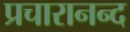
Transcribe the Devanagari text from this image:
प्रचारानन्द